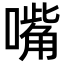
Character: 嘴